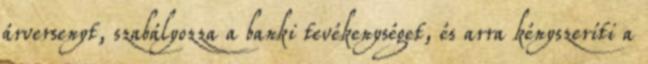
árversenyt, szabályozza a banki tevékenységet, és arra kényszeríti a